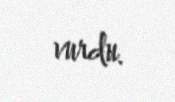
vurdu.